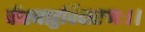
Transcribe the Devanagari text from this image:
वीरबाहुर्विदारणः।।